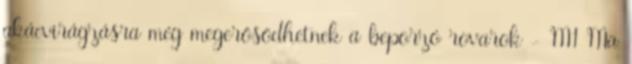
akácvirágzásra még megerősödhetnek a beporzó rovarok - M1 Ma